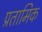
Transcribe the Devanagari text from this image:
प्रतामिक